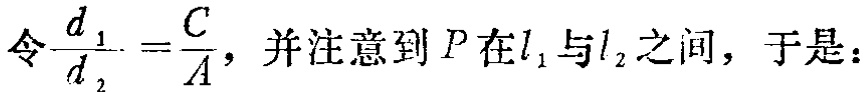
令\(\frac{d_{1}}{d_{2}}=\frac{C}{A}\)，并注意到\(P\)在\(l_{1}\)与\(l_{2}\)之间，于是：